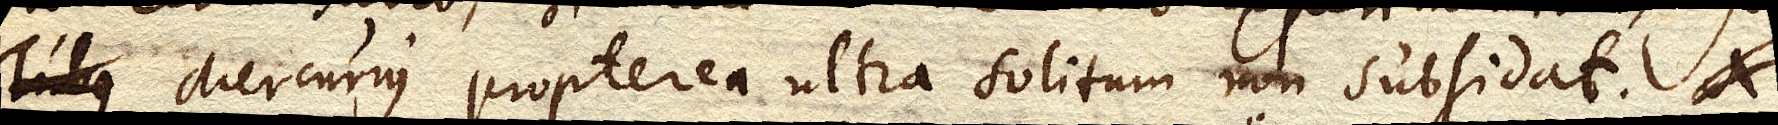
Tubus Mercurius propterea ultra solitum non subsidat.